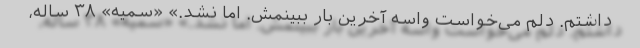
داشتم. دلم می‌خواست واسه آخرین بار ببینمش. اما نشد.» «سمیه» ۳۸ ساله،